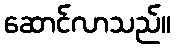
ဆောင်လာသည်။